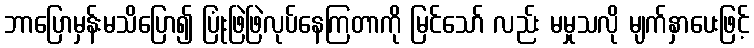
ဘာပြောမှန်းမသိပြော၍ ပြုံးဖြဲဖြဲလုပ်နေကြတာကို မြင်သော် လည်း မမှုသလို မျက်နှာပေးဖြင့်